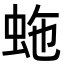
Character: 𧉮